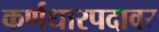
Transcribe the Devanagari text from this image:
कर्णधारपदावर